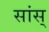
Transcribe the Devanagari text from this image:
सांस्